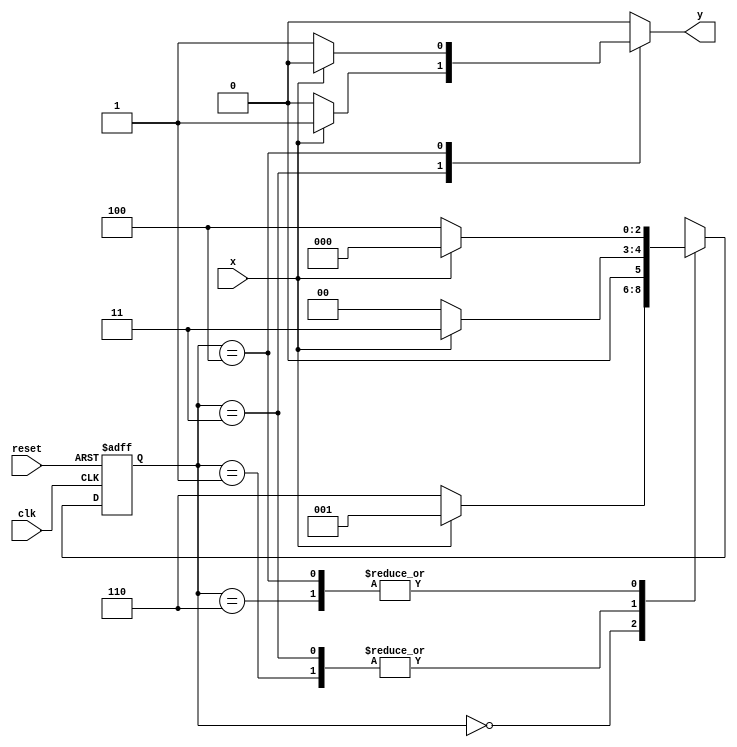
// constant definitions
`define found    1
`define notfound 0

// FSM by Mealy
module exercicio5_seq101_010 ( y, x, clk, reset );

	output y;
	input  x;
	input  clk;
	input  reset;

	reg    y;

	parameter         // state identifiers 
		start  = 3'b000,
		id1    = 3'b001,
		id10   = 3'b011,
		id0    = 3'b110,
		id01   = 3'b100;

	reg [2:0] E1;	// current state variables
	reg [2:0] E2;	// next state logic output

	// next state logic
   always @( x or E1 )
		begin
		y = `notfound;

		case ( E1 )
			start:
				if ( x )
					E2 = id1;
				else
					E2 = id0;
				
			id1:
				if ( x )
					E2 = id10;
				else
					E2 = start;

			id10:
				if ( x )
				begin
					E2 =  id10;
					y  = `found;
				end
				else
				begin
					E2 =  start;
					y  = `notfound;
				end
			
			id0:
				if ( x )
					E2 = start;
				else
					E2 = id01;

			id01:
				if ( x )
				begin
					E2 =  start;
					y  = `notfound;
				end
				else
				begin
					E2 =  id01;
					y  = `found;
				end
	 
			default:   // undefined state
				E2 =  3'bxxx;
		endcase
	  
		end // always at signal or state changing
		

	// state variables
		always @( posedge clk or negedge reset )
		begin
			if ( reset )
				E1 = E2;    // updates current state
			else
				E1 = 0;     // reset
		end // always at signal changing

endmodule // exercicio5_seq101_010

module Exercicio5;
	
	reg   clk, reset, x;
	wire  m1;

	exercicio5_seq101_010 M5 ( m1, x, clk, reset );

	initial
	begin
		$display("Guia 10 - Braulio Lima e Andrade - 380749");
		$display("\nTime\tX   Seq 101|010" );

	// initial values
       clk   = 1;
       reset = 0;
       x     = 0;

	// input signal changing
		#10   reset = 1;
		#10  x = 1;
		#10  x = 0;
		#10  x = 0;
		#10  x = 1;
		#10  x = 0;
		#10  x = 1;
		#10  x = 1;
		#10  x = 1;
		#10  x = 1;
		#10  x = 0;
		#10  x = 1;
		#10  x = 1;
		#10  x = 1;
		#10  x = 0;
		#10  x = 1;
		#10  x = 0;
		#10  x = 0;
		#10  x = 0;
		
		#5 $finish;
	
	end // initial

	always
		#5 clk = ~clk;

	always @( posedge clk )
	begin
		$display ( "%4d \t%b\t%b", $time, x, m1);
	end // always at positive edge clocking changing

endmodule